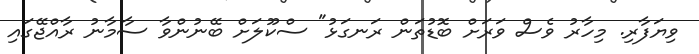
ވިޔަފާރި. މިހާރު ވެސް ވަރަށް ބޮޑުތަން ރަނގަޅު" ސްކޫލަށް ބޭނުންވާ ސާމާނު ރާއްޖޭގައި